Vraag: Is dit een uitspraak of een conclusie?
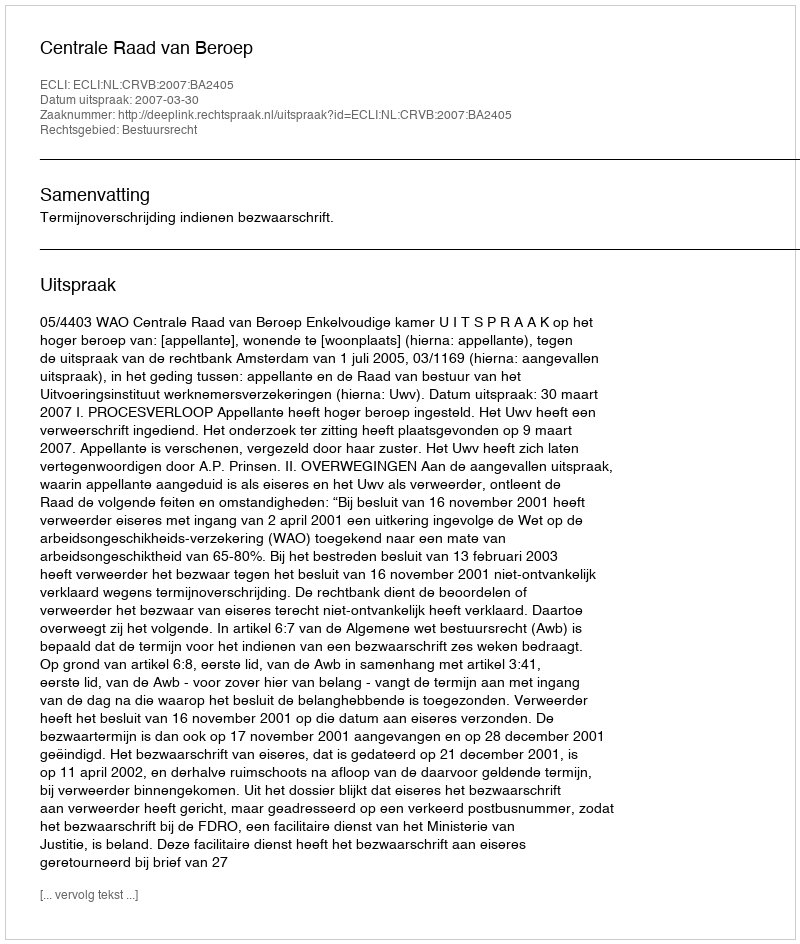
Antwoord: Uitspraak